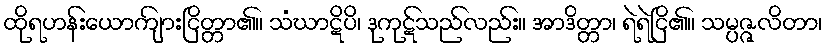
ထိုရဟန်းယောကျ်ားငြိတ္တာ၏။ သံဃာဋိပိ၊ ဒုကုဋ်သည်လည်း။ အာဒိတ္တာ၊ ရဲရဲငြိ၏။ သမ္ပဇ္ဇလိတာ၊